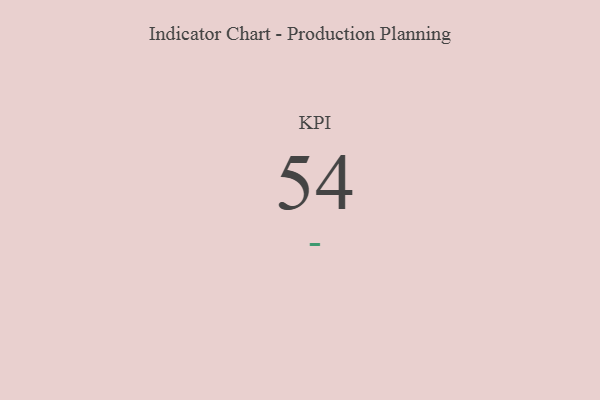
{"axis": {"x": "KPI", "y": "Value"}, "legend": [""], "data": [{"x": "KPI", "y": 54, "type": ""}]}